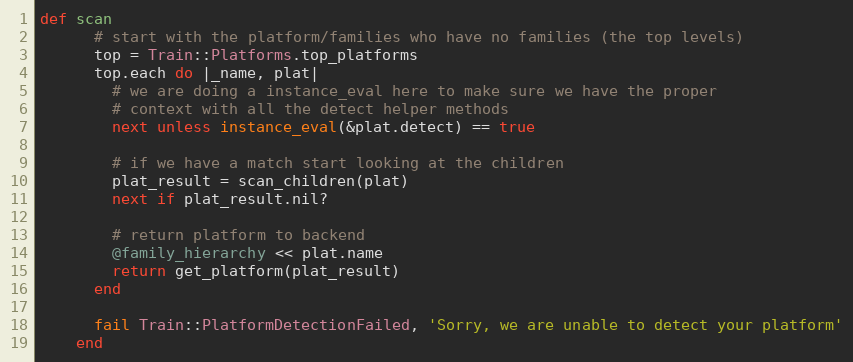
Language: Ruby
def scan
      # start with the platform/families who have no families (the top levels)
      top = Train::Platforms.top_platforms
      top.each do |_name, plat|
        # we are doing a instance_eval here to make sure we have the proper
        # context with all the detect helper methods
        next unless instance_eval(&plat.detect) == true

        # if we have a match start looking at the children
        plat_result = scan_children(plat)
        next if plat_result.nil?

        # return platform to backend
        @family_hierarchy << plat.name
        return get_platform(plat_result)
      end

      fail Train::PlatformDetectionFailed, 'Sorry, we are unable to detect your platform'
    end